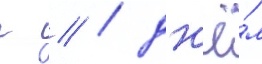
г // / дн'ё́м